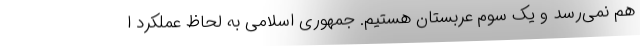
هم نمی‌رسد و یک سوم عربستان هستیم. جمهوری اسلامی به لحاظ عملکرد ا